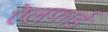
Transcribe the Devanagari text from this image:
ऐलफ़ार्ड